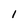
Character: 1